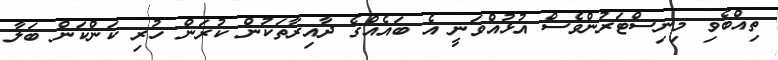
ތިއްބެވި މިނިސްޓަރުންވެސް އުޅުއްވަނީ އެ ބައެއްގެ ދާއިރާތަކުން ކުރަން ހުރި ކަންކަން ބަލާ